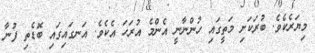
މިޔަރެކެވެ. ބުރަކަށި މަތީގައި ހުންނާނީ އެންމެ އުރަހަ އެކެވެ. އަނގައިގައި ބޮޑެތި ފުނާ